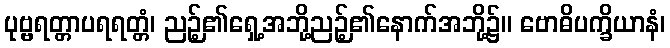
ပုဗ္ဗရတ္တာပရရတ္တံ၊ ညဉ့်၏ရှေ့အဘို့ညဉ့်၏နောက်အဘို့၌။ ဗောဓိပက္ခိယာနံ၊